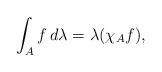
LaTeX: \begin{align*}\int_A f \, d\lambda = \lambda(\chi_A f),\end{align*}